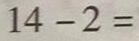
1 4 - 2 =